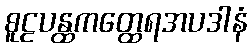
စူဠပန္ထကတ္ထေရအပဒါနံ